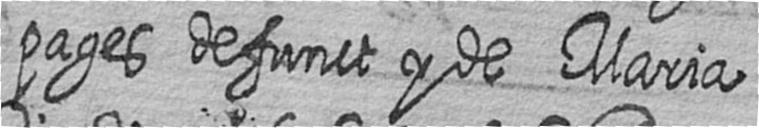
pages defunct y de Maria